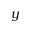
y